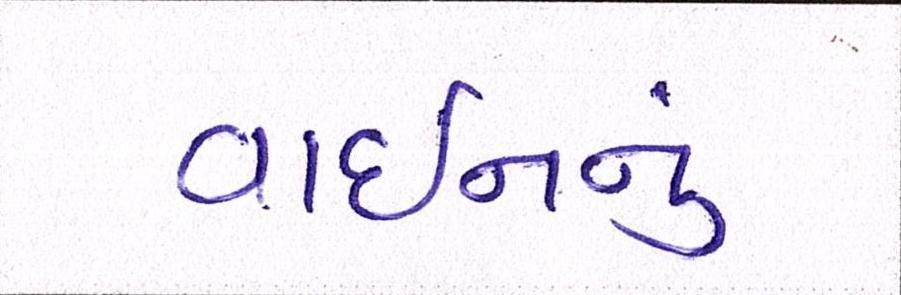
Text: વાઇનનું